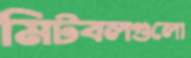
মিটবলগুলো